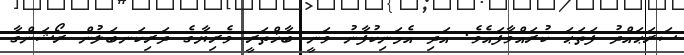
ސަރަޙައްދު ފަތަޙަ ކުރައްވާފައެވެ. އަދި އެމަނިކުފާނު ވަނީ ބާޚްތަރީ ވެރިޔާގެ ދަރިކަނބަލުން ރޯޝަންގާ